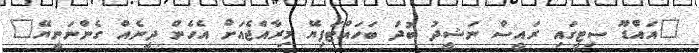
"އައްޑޫ ސިޓީގައި ރައީސް ނަޝީދު ބުދު ބަހައްޓަފިޔޭ މިރާއްޖެއަށް އެހެން ދީނެއް ގެންނަނީޔޭ"